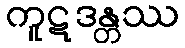
ကူဋဒန္တဿ